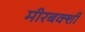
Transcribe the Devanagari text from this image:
मीरबक्शी